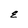
Character: E